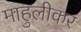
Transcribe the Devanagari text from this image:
माहुलीकर